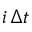
i \, \Delta t